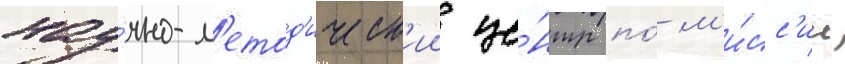
нау́чно-м'етод'ическ'ии це́нтр по́ м'и́сс'ии